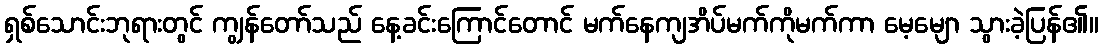
ရှစ်သောင်းဘုရားတွင် ကျွန်တော်သည် နေ့ခင်းကြောင်တောင် မက်နေကျအိပ်မက်ကိုမက်ကာ မေ့မျော သွားခဲ့ပြန်၏။